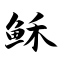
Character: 稣